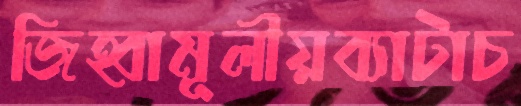
জিহ্বামূলীয়ব্যাটাচ